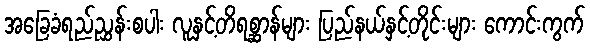
အခြေခံရည်ညွှန်းစပါး လူနှင့်တိရစ္ဆာန်များ ပြည်နယ်နှင့်တိုင်းများ ကောင်းကွက်